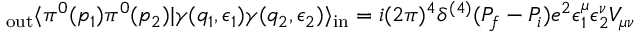
_ \mathrm { o u t } \langle \pi ^ { 0 } ( p _ { 1 } ) \pi ^ { 0 } ( p _ { 2 } ) | \gamma ( q _ { 1 } , \epsilon _ { 1 } ) \gamma ( q _ { 2 } , \epsilon _ { 2 } ) \rangle _ { \mathrm { i n } } = i ( 2 \pi ) ^ { 4 } \delta ^ { ( 4 ) } ( P _ { f } - P _ { i } ) e ^ { 2 } \epsilon _ { 1 } ^ { \mu } \epsilon _ { 2 } ^ { \nu } V _ { \mu \nu }